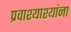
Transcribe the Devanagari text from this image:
प्रवाश्याश्यांना